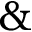
\&